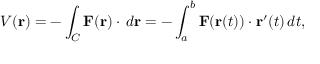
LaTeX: V ( \mathbf { r } ) = - \int _ { C } \mathbf { F } ( \mathbf { r } ) \cdot \, d \mathbf { r } = - \int _ { a } ^ { b } \mathbf { F } ( \mathbf { r } ( t ) ) \cdot \mathbf { r } ^ { \prime } ( t ) \, d t ,